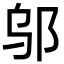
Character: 邬